Civil Veterinary Department. Central Provinces & Berar 1932-41 - 1932-1941
Year: 1932
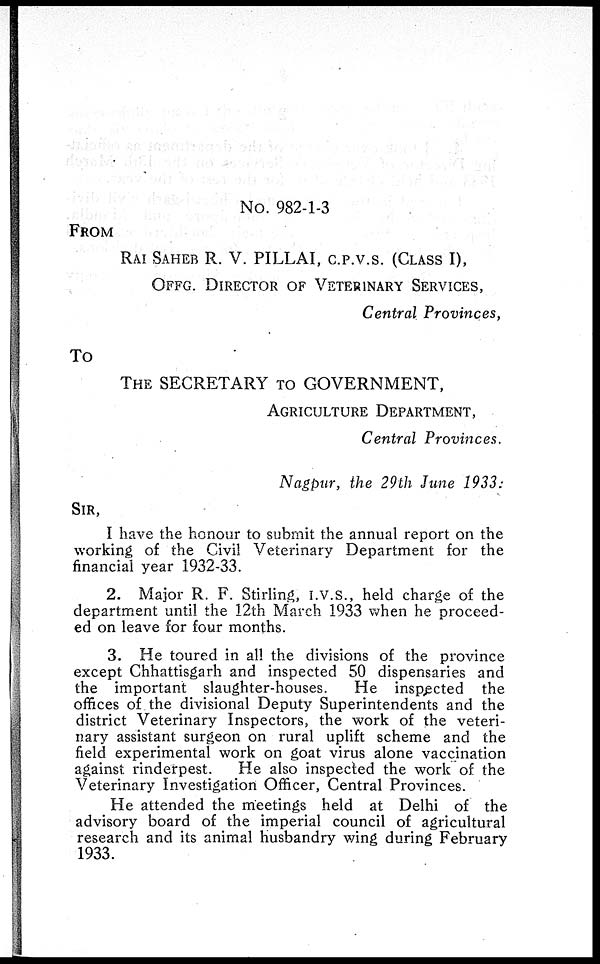
No. 982-1-3
FROM
RAI SAHEB R. V. PILLAI, C.P.V.S. (CLASS I),
OFFG. DIRECTOR OF VETERINARY SERVICES,
Central Provinces,
To
THE SECRETARY TO GOVERNMENT,
AGRICULTURE DEPARTMENT,
Central Provinces.
Nagpur, the 29th June 1933:
SIR,
I have the honour to submit the annual report on the
working of the Civil Veterinary Department for the
financial year 1932-33.
2. Major R. F. Stirling, I.V.S., held charge of the
department until the 12th March 1933 when he proceed-
ed on leave for four months.
3. He toured in all the divisions of the province
except Chhattisgarh and inspected 50 dispensaries and
the important slaughter-houses.
He inspected the
offices of the divisional Deputy Superintendents and the
district Veterinary Inspectors, the work of the veteri-
nary assistant surgeon on rural uplift scheme and the
field experimental work on goat virus alone vaccination
against rinderpest.
He also inspected the work of the
Veterinary Investigation Officer, Central Provinces.
He attended the meetings held at Delhi of the
advisory board of the imperial council of agricultural
research and its animal husbandry wing during February
1933.